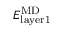
E _ { \mathrm { l a y e r 1 } } ^ { \mathrm { { M D } } }